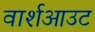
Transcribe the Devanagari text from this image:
वार्शआउट